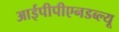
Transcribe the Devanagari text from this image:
आईपीपीएनडब्ल्यू